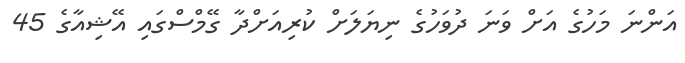
އަންނަ މަހުގެ އަށް ވަނަ ދުވަހުގެ ނިޔަލަށް ކުރިއަށްދާ ގޭމްސްގައި އޭޝިއާގެ 45